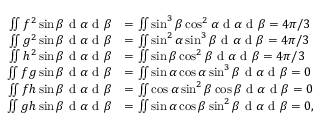
\begin{array} { r l } { \iint f ^ { 2 } \sin \beta \textrm { d } \alpha \textrm { d } \beta } & { = \iint \sin ^ { 3 } \beta \cos ^ { 2 } \alpha \textrm { d } \alpha \textrm { d } \beta = 4 \pi / 3 } \\ { \iint g ^ { 2 } \sin \beta \textrm { d } \alpha \textrm { d } \beta } & { = \iint \sin ^ { 2 } \alpha \sin ^ { 3 } \beta \textrm { d } \alpha \textrm { d } \beta = 4 \pi / 3 } \\ { \iint h ^ { 2 } \sin \beta \textrm { d } \alpha \textrm { d } \beta } & { = \iint \sin \beta \cos ^ { 2 } \beta \textrm { d } \alpha \textrm { d } \beta = 4 \pi / 3 } \\ { \iint f g \sin \beta \textrm { d } \alpha \textrm { d } \beta } & { = \iint \sin \alpha \cos \alpha \sin ^ { 3 } \beta \textrm { d } \alpha \textrm { d } \beta = 0 } \\ { \iint f h \sin \beta \textrm { d } \alpha \textrm { d } \beta } & { = \iint \cos \alpha \sin ^ { 2 } \beta \cos \beta \textrm { d } \alpha \textrm { d } \beta = 0 } \\ { \iint g h \sin \beta \textrm { d } \alpha \textrm { d } \beta } & { = \iint \sin \alpha \cos \beta \sin ^ { 2 } \beta \textrm { d } \alpha \textrm { d } \beta = 0 , } \end{array}